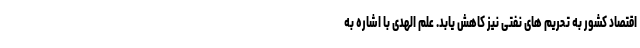
اقتصاد کشور به تحریم های نفتی نیز کاهش یابد. علم الهدی با اشاره به